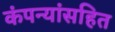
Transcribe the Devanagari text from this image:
कंपन्यांसहित